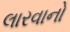
લારવાનો